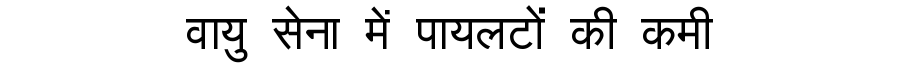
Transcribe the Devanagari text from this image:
वायु सेना में पायलटों की कमी